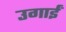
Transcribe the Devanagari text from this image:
उगाईं